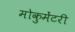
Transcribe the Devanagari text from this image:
मोकुमेंटरी